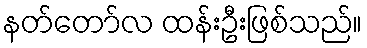
နတ်တော်လ ထန်းဦးဖြစ်သည်။